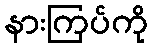
နားကြပ်ကို